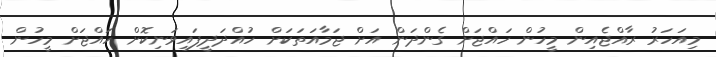
މިއަހަރު ރާއްޖެއިން މީހުން ހައްޖަށް ގެންދަން އަށް ޖަމާއަތަކަށް ހުއްދަދީފައިވަނިކޮށް ހައްޖަށް މީހުން